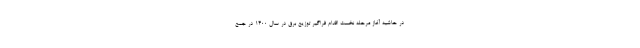
در حاشیه آغاز مرحله نخست اقدام فراگیر توزیع برق در سال ۱۴۰۰ در جمع